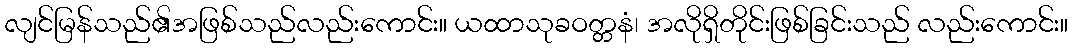
လျင်မြန်သည်၏အဖြစ်သည်လည်းကောင်း။ ယထာသုခဝတ္တနံ၊ အလိုရှိတိုင်းဖြစ်ခြင်းသည် လည်းကောင်း။